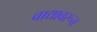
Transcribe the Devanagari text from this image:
वाद्यावरून